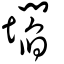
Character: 壛